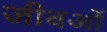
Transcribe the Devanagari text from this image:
जीवओं